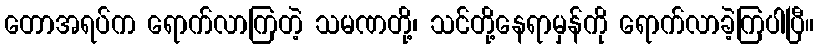
တောအရပ်က ရောက်လာကြတဲ့ သမဏတို့၊ သင်တို့နေရာမှန်ကို ရောက်လာခဲ့ကြပါပြီ။